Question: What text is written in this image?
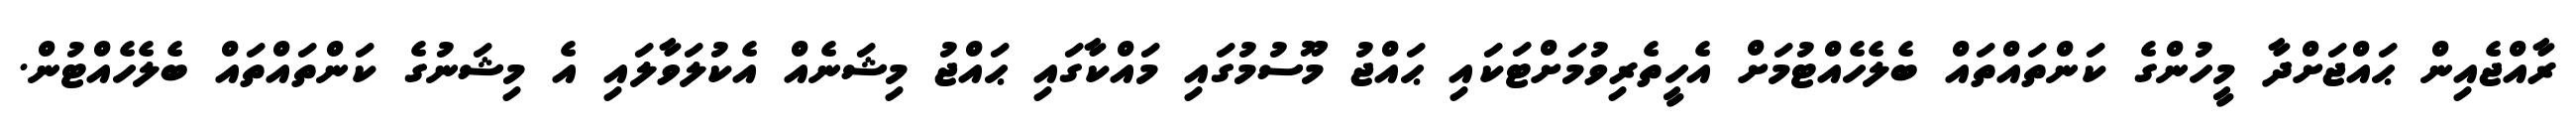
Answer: ރާއްޖެއިން ޙައްޖަށްދާ މީހުންގެ ކަންތައްތައް ބެލެހެއްޓުމަށް އެހީތެރިވުމަށްޓަކައި ޙައްޖު މޫސުމުގައި މައްކާގައި ޙައްޖު މިޝަނެއް އެކުލަވާލައި އެ މިޝަނުގެ ކަންތައްތައް ބެލެހެއްޓުން.